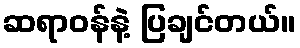
ဆရာဝန်နဲ့ ပြချင်တယ်။